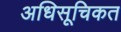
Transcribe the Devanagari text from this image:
अधिसूचिकत